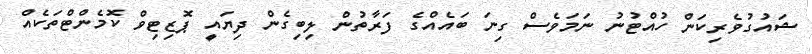
ޝައުގުވެރިކަން ހުއްޓުނު ނަމަވެސް ގިނަ ބައެއްގެ ފަރާތުން ލިބިގެން ދިޔައީ ޕޮޒިޓިވް ކޮމެންޓްތަކެއް